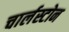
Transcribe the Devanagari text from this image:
चार्लस्टोन